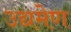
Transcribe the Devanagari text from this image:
उद्यमेण